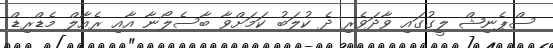
ސްޕެނިޝް ލީގުގައި ވާދަވެރި ދެ ކުލަބު ކަމަށްވާ ބާސެލޯނާ އާއި ރެއާލް މެޑްރިޑް